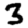
Digit: 3